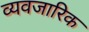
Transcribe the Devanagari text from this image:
व्यवजारिक